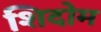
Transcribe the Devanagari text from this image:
शिदोम